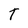
Character: T